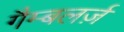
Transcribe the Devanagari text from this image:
गैम्बलर्ज़